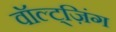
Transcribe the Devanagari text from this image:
वॉल्ट्ज़िंग